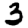
Digit: 3